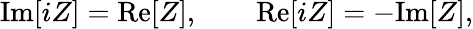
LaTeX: \mathrm{Im}[iZ]=\mathrm{Re}[Z],\qquad\mathrm{Re}[iZ]=-\mathrm{Im}[Z],